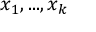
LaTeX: x _ { 1 } , . . . , x _ { k }